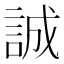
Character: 誠